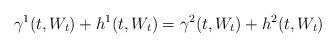
LaTeX: \begin{align*}\gamma^1(t, W_t) + h^1(t, W_t) = \gamma^2(t, W_t) + h^2(t, W_t) \end{align*}